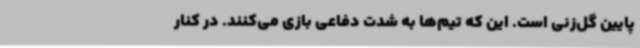
پایین گل‌زنی است. این که تیم‌ها به شدت دفاعی بازی می‌کنند. در کنار